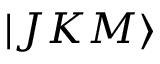
\vert J K M \rangle